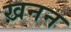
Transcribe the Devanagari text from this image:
ख़नन